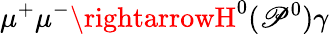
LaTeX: \mu^{+}\mu^{-}\rightarrowH^{0}(\mathscr{P}^{0})\gamma